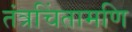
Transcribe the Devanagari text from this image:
तंत्रचिंतामणि